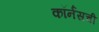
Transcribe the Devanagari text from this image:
कॉर्नसची